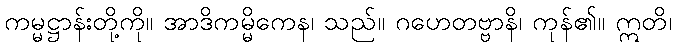
ကမ္မဋ္ဌာန်းတို့ကို။ အာဒိကမ္မိကေန၊ သည်။ ဂဟေတဗ္ဗာနိ၊ ကုန်၏။ ဣတိ၊